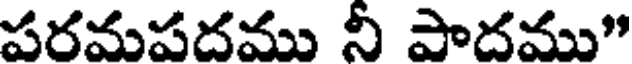
పరమపదము నీ పాదము"